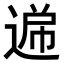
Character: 𮞧